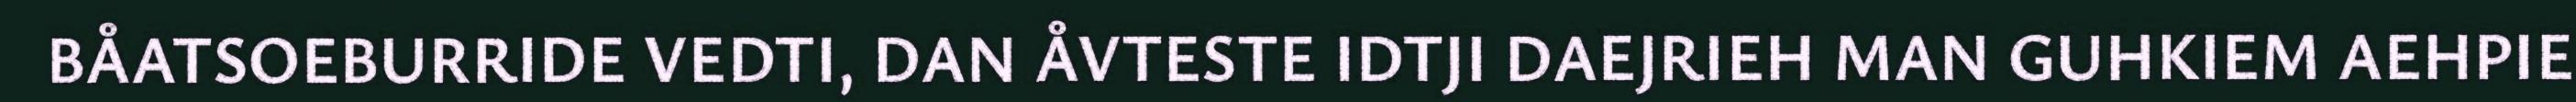
BÅATSOEBURRIDE VEDTI, DAN ÅVTESTE IDTJI DAEJRIEH MAN GUHKIEM AEHPIE